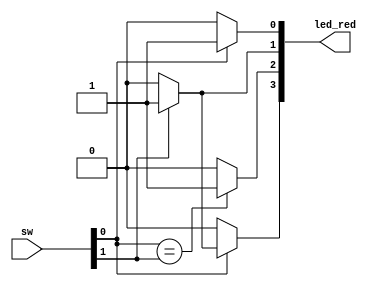
module ex1 (sw,led_red);

	// Input Port(s)
	input [1:0] sw;

	// Output Port(s)
	output [3:0] led_red;

// Variable
reg led;

// Continous Assignment
assign led_red[0] = sw[0] ? 1'b1 : 1'b0;
assign led_red[1] = sw[1] ? 1'b1 : 1'b0;
assign led_red[2] = (sw[0]==sw[1]) ? 1'b1 : 1'b0;
assign led_red[3] = led;    
// reg
// assignwire
// ; output wire
// ==reg
// alwaysled 
// output reg [3:0] led_red;

// Always Construct(Combinational)
always@(sw)
begin
	if (sw[0])
	   if (sw[1])
	      led = 1'b1;
	   else
		   led = 1'b0;
	else
	   led = 1'b0;
end
endmodule


// always 
//  always